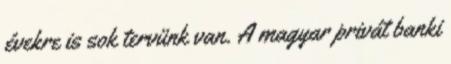
évekre is sok tervünk van. A magyar privát banki